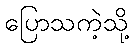
ပြောသကဲ့သို့